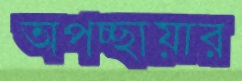
অপচ্ছায়ার